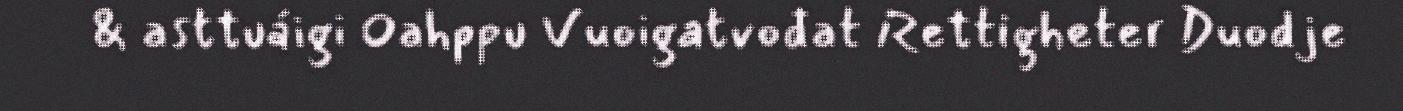
& asttuáigi Oahppu Vuoigatvođat Rettigheter Duodje